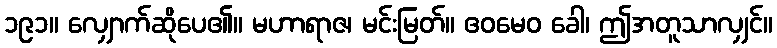
၁၉၁။ လျှောက်ဆိုပေ၏။ မဟာရာဇ၊ မင်းမြတ်။ ဧဝမေဝ ခေါ၊ ဤအတူသာလျှင်။